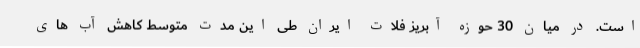
است. در میان 30 حوزه آبریز فلات ایران طی این مدت متوسط کاهش آب های